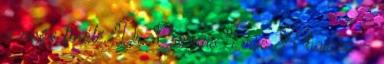
a nagy finálé. Dr. Csernus Imre A harcos -